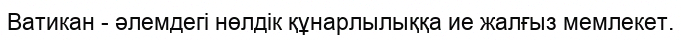
Ватикан - әлемдегі нөлдік құнарлылыққа ие жалғыз мемлекет.